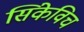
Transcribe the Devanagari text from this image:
सिंकेविच